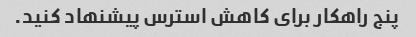
پنج راهکار برای کاهش استرس پیشنهاد کنید.